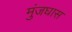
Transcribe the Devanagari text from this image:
मुंजघास